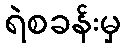
ရဲစခန်းမှ